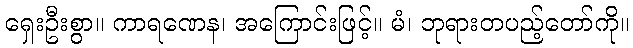
ရှေးဦးစွာ။ ကာရဏေန၊ အကြောင်းဖြင့်။ မံ၊ ဘုရားတပည့်တော်ကို။